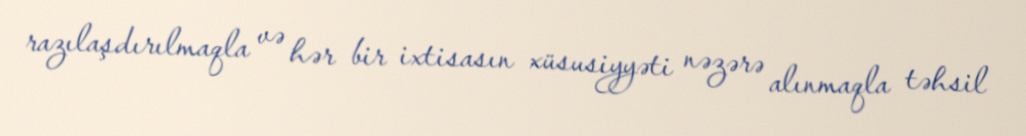
razılaşdırılmaqla və hər bir ixtisasın xüsusiyyəti nəzərə alınmaqla təhsil